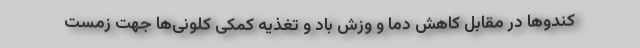
کندوها در مقابل کاهش دما و وزش باد و تغذیه کمکی کلونی‌ها جهت زمست